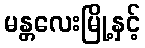
မန္တလေးမြို့နှင့်